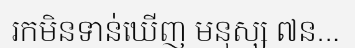
រកមិនទាន់ឃើញ មនុស្ស ៧ន...